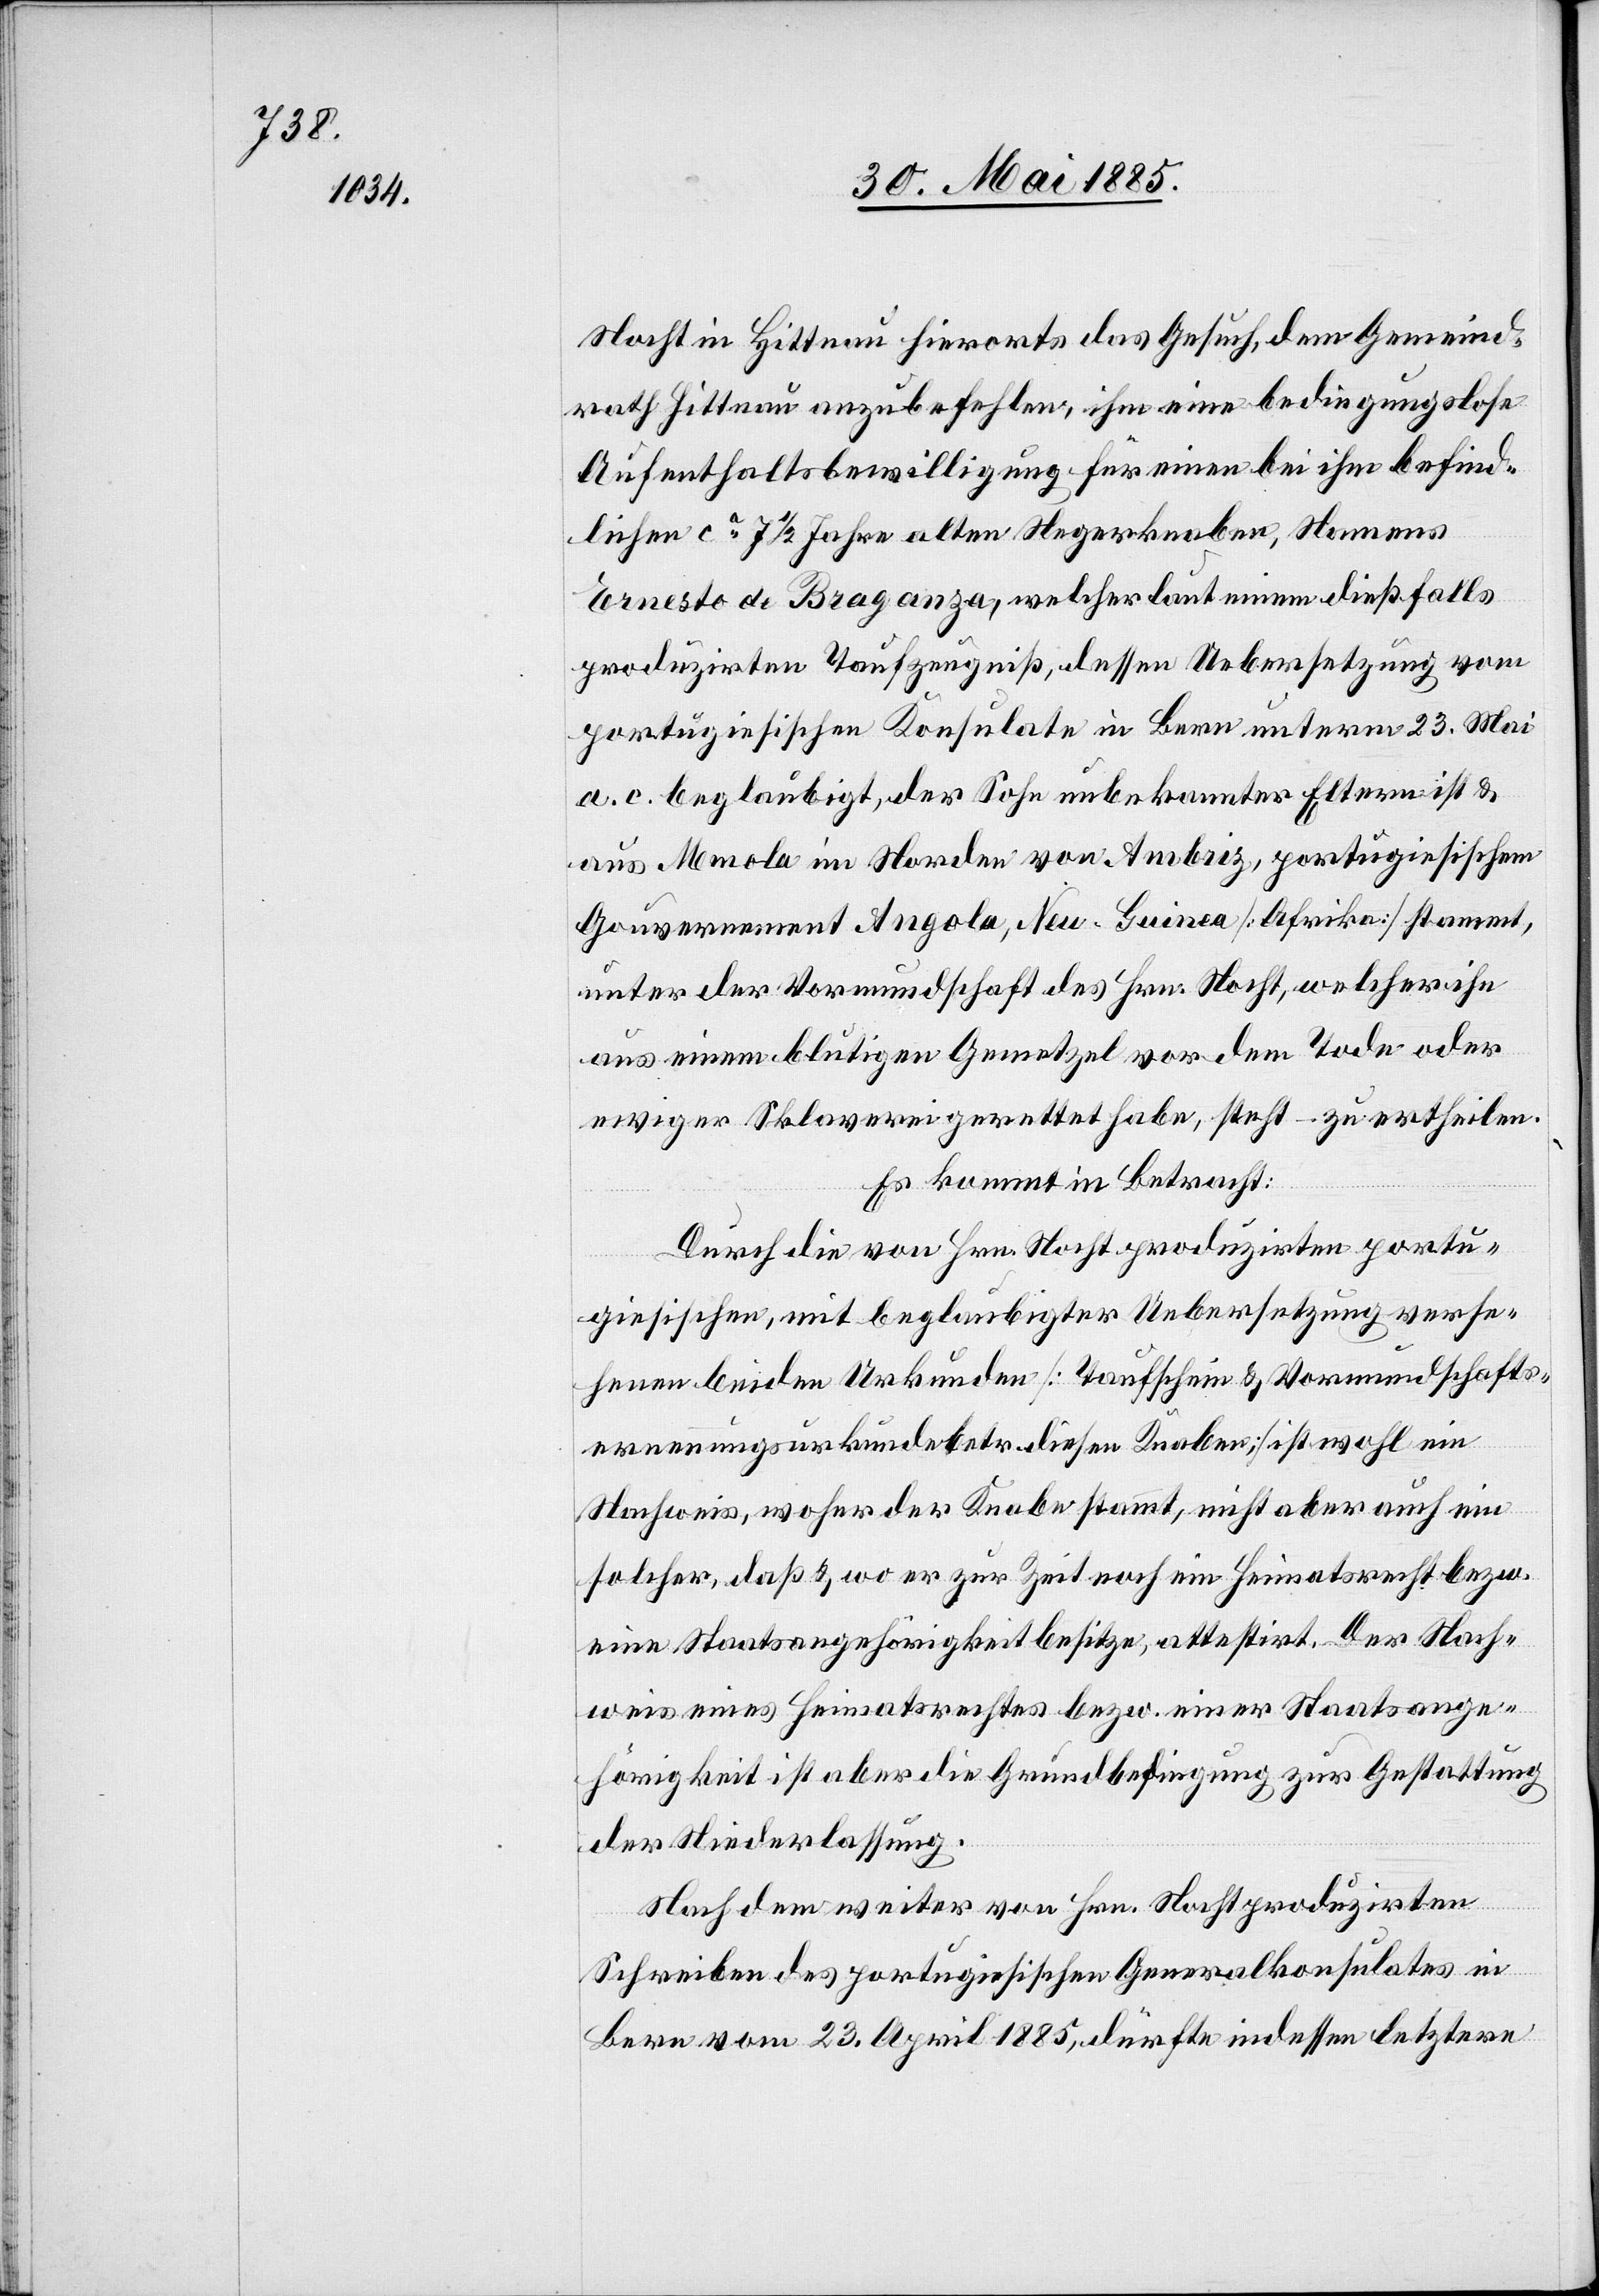
Nacht in Hittnau hierorts das Gesuch, dem Gemeind¬
rath Hittnau anzubefehlen, ihm eine bedingungslose
Aufenthaltsbewilligung für einen bei ihm befind¬
lichen ca 7 1/2 Jahre alten Negerknaben, Namens
Ernesto de Braganza, welcher laut einem dießfalls
produzirten Taufzeugniß, dessen Uebersetzung vom
portugiesischen Konsulate in Bern unterm 23. Mai
a. c. beglaubigt, der Sohn unbekannter Eltern ist &
aus Memola im Norden von Ambriz, portugiesischem
Gouvernement Angola, Neu-Guinea [Afrika] stammt,
unter der Vormundschaft des Hrn. Nacht, welcher ihn
aus einem blutigen Gemetzel vor dem Tode oder
ewiger Sklaverei gerettet habe, steht – zu ertheilen.
Es kommt in Betracht:
Durch die von Hrn. Nacht produzirten portu¬
giesischen, mit beglaubigter Uebersetzung verse¬
henen beiden Urkunden [Taufschein & Vormundschafts¬
erneuerungsurkunde betr. diesen Knaben] ist wohl ein
Nachweis, woher der Knabe stammt, nicht aber auch ein
solcher, daß & wo er zur Zeit noch ein Heimatsrecht bezw.
eine Staatsangehörigkeit besitze, attestirt. Der Nach¬
weis eines Heimatrechtes bezw. einer Staatsange¬
hörigkeit ist aber die Grundbedingung zur Gestattung
der Niederlassung.
Nach dem weiter von Hrn. Nacht produzirten
Schreiben des portugiesischen Generalkonsulates in
Bern vom 23. April 1885, dürfte indessen letztere